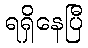
ရရှိနေပြီ